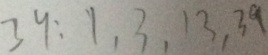
3 9 : 1 , 3 , 1 3 , 3 9